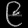
Digit: ၉